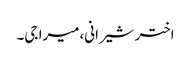
اختر شیرانی،میرا جی۔